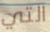
التي